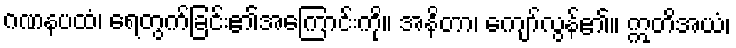
ဂဏနပထံ၊ ရေတွက်ခြင်း၏အကြောင်းကို။ အနိတာ၊ ကျော်လွန်၏။ ဣတိအယံ၊